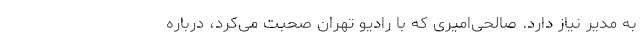
به مدیر نیاز دارد. صالحی‌امیری که با رادیو تهران صحبت می‌کرد، درباره